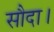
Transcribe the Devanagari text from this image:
सौदा।